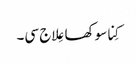
کِنا سوکھا عِلاج سی۔